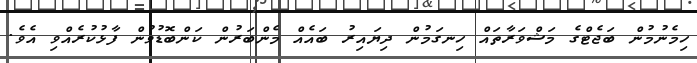
ހިމެނުމުން ބަޖެޓްގެ މަޝްވަރާތައް ހިނގަމުން ދިޔައިރު ބައެއް މެންބަރުން ކަންބޮޑުވުން ފާޅުކުރެއްވި އެވެ.